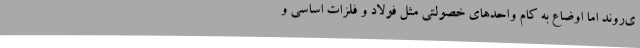
ی‌روند اما اوضاع به کام واحدهای خصولتی مثل فولاد‌ و فلزات اساسی و